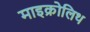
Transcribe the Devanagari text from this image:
माइक्रोलिथ